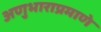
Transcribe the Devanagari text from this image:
अणुभाराप्रमाणे